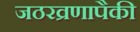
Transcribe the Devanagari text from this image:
जठरव्रणापैकी